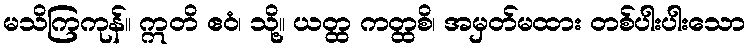
မသိကြကုန်။ ဣတိ ဧဝံ၊ သို့။ ယတ္ထ ကတ္ထစိ၊ အမှတ်မထား တစ်ပါးပါးသော